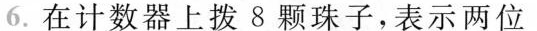
6.在计数器上拨8颗珠子，表示两位